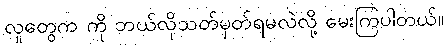
လူတွေက ကို ဘယ်လိုသတ်မှတ်ရမလဲလို့ မေးကြပါတယ်။